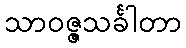
သာဝဇ္ဇသင်္ခါတာ